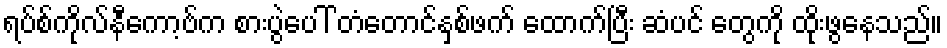
ရပ်စ်ကိုလ်နီကော့ဗ်က စားပွဲပေါ် တံတောင်နှစ်ဖက် ထောက်ပြီး ဆံပင် တွေကို ထိုးဖွနေသည်။